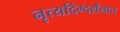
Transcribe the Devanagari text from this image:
नृत्यदिग्दर्शनात